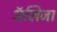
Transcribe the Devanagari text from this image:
अॅलिजा